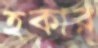
হকার